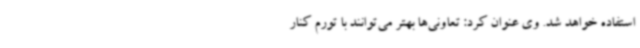
استفاده خواهد شد. وی عنوان کرد: تعاونی‌ها بهتر می‌توانند با تورم کنار